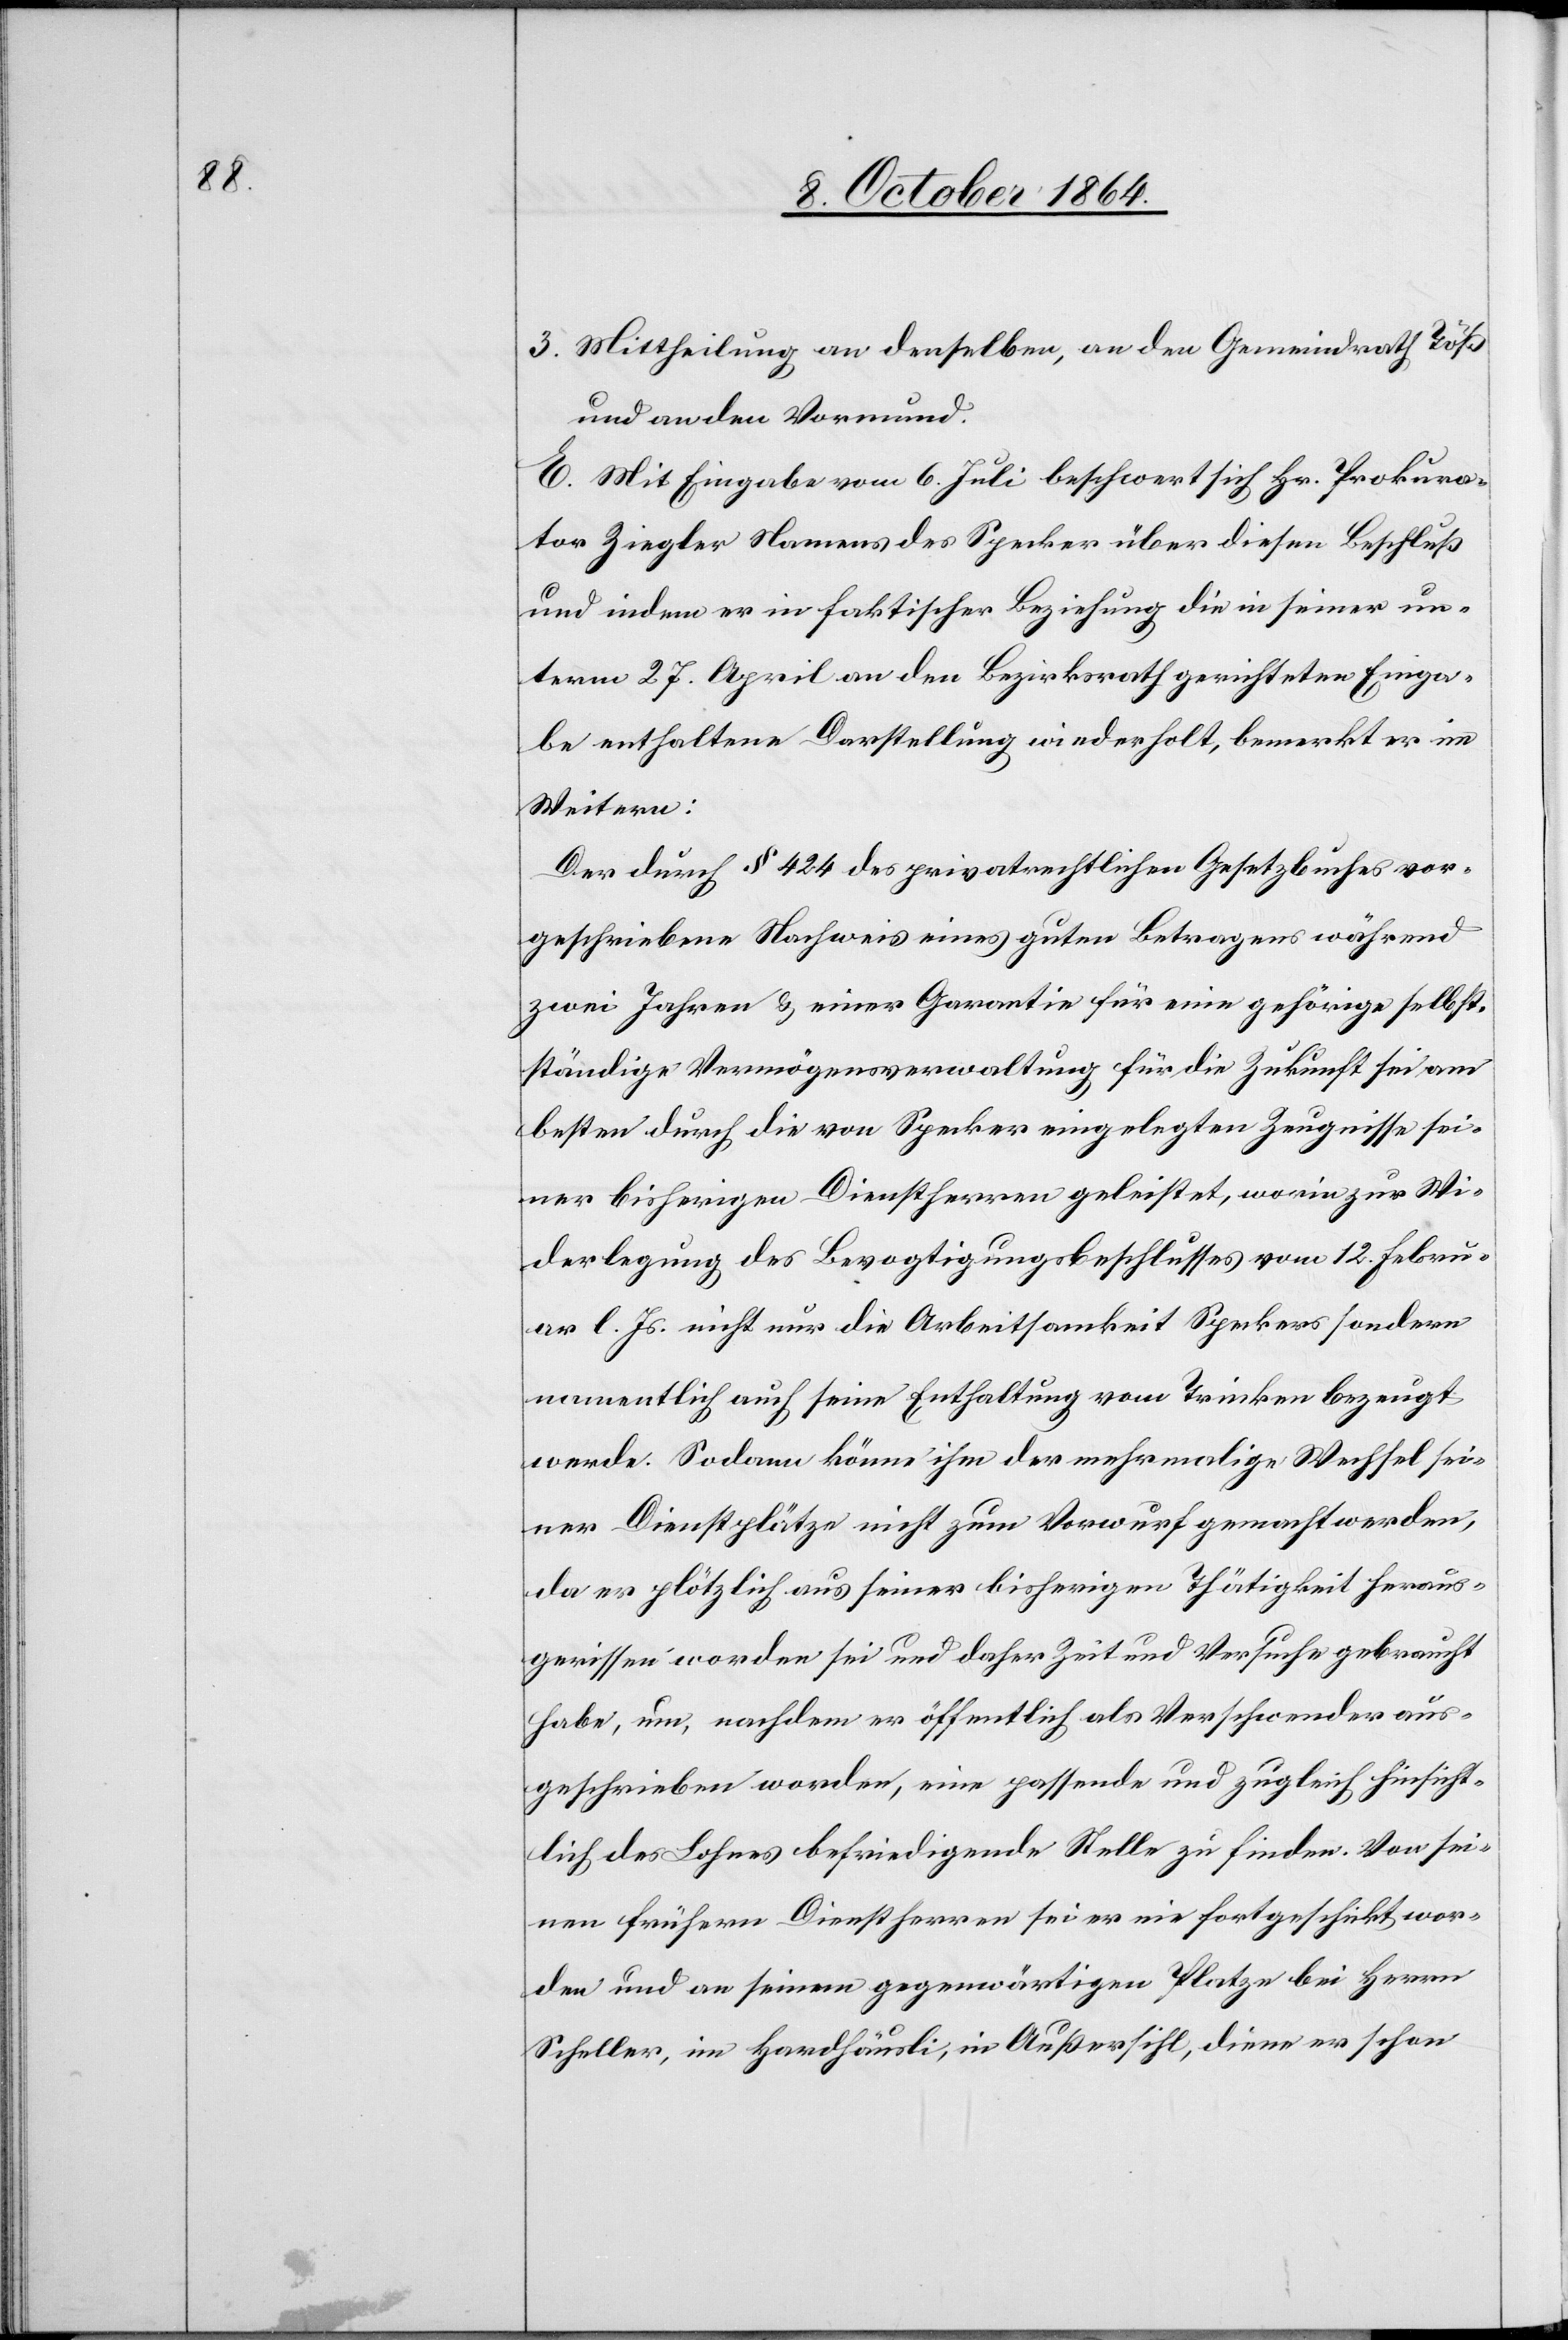
3. Mittheilung an denselben, an den Gemeindrath Töß
und an den Vormund.
E. Mit Eingabe vom 6. Juli beschwert sich Hr. Prokura¬
tor Ziegler Namens des Specker über diesen Beschluß
und indem er in faktischer Beziehung die in seiner un¬
term 27. April an den Bezirksrath gerichteten Einga¬
be enthaltene Darstellung wiederholt, bemerkt er im
Weitern:
Der durch § 424 des privatrechtlichen Gesetzbuches vor¬
geschriebene Nachweis eines guten Betragens während
zwei Jahren & einer Garantie für eine gehörige selb¬
ständige Vermögensverwaltung für die Zukunft sei am
besten durch die von Specker eingelegten Zeugnisse sei¬
ner bisherigen Dienstherren geleistet, worin zur Wi¬
derlegung des Bevogtigungsbeschlusses vom 12. Febru¬
ar l. Js. nicht nur die Arbeitsamkeit Speckers sondern
namentlich auch seine Enthaltung vom Trinken bezeugt
werde. Sodann könne ihm der mehrmalige Wechsel sei¬
ner Dienstplätze nicht zum Vorwurf gemacht werden,
da er plötzlich aus seiner bisherigen Thätigkeit heraus¬
gerissen worden sei und daher Zeit und Versuche gebraucht
habe, um, nachdem er öffentlich als Verschwender aus¬
geschrieben worden, eine passende und zugleich hinsicht¬
lich des Lohnes befriedigende Stelle zu finden. Von sei¬
nen frühern Dienstherren sei er nie fortgeschickt wor¬
den und an seinem gegenwärtigen Platze bei Herrn
Scheller, im Hardhäusli, in Außersihl, diene er schon